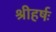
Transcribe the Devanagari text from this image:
श्रीहर्षः